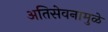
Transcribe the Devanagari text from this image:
अतिसेवनामुळे